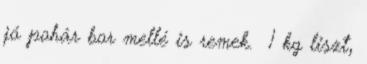
jó pohár bor mellé is remek. 1 kg liszt,